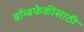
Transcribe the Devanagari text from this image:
बॉम्बफेकीसाठी